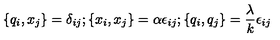
\{ q _ { i } , x _ { j } \} = \delta _ { i j } ; \{ x _ { i } , x _ { j } \} = \alpha \epsilon _ { i j } ; \{ q _ { i } , q _ { j } \} = \frac { \lambda } { k } \epsilon _ { i j }